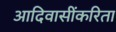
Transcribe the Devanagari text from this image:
आदिवासींकरिता